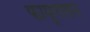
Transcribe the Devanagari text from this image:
फामूर्लेशन